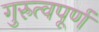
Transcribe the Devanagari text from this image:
गुरुत्वपूर्ण